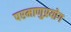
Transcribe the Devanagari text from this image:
परमाणुप्रयोग